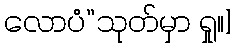
လောပံ”သုတ်မှာ ရှု။]